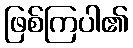
ဖြစ်ကြပါ၏